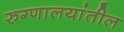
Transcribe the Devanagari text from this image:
रुग्णालयांतील